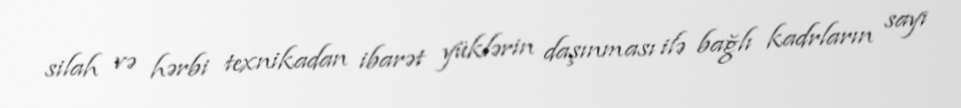
silah və hərbi texnikadan ibarət yüklərin daşınması ilə bağlı kadrların sayı